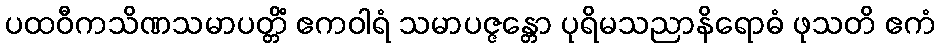
ပထဝီကသိဏသမာပတ္တိံ ဧကဝါရံ သမာပဇ္ဇန္တော ပုရိမသညာနိရောဓံ ဖုသတိ ဧကံ